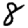
Digit: 8